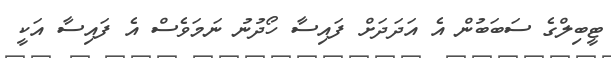
ޓީބިލްގެ ސަބަބުން އެ އަދަދަށް ފައިސާ ހޯދުނު ނަމަވެސް އެ ފައިސާ އަކީ